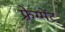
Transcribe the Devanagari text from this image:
फ़्रेग्मेंट